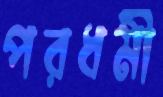
পরধর্মী